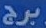
برج